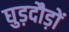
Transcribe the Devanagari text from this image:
घुड़दौड़ों